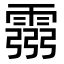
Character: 霛